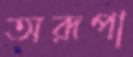
অরূপা